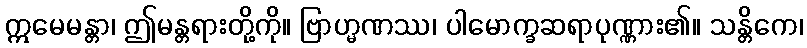
ဣမေမန္တာ၊ ဤမန္တရားတို့ကို။ ဗြာဟ္မဏဿ၊ ပါမောက္ခဆရာပုဏ္ဏား၏။ သန္တိကေ၊